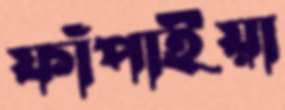
ফাঁপাইয়া